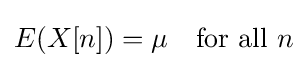
E(X[n])=\mu \quad {\text{for all }}n